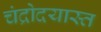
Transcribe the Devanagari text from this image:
चंद्रोदयास्त